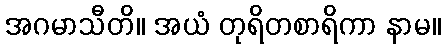
အဂမာသီတိ။ အယံ တုရိတစာရိကာ နာမ။